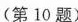
(第10题)